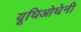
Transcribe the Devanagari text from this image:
यूघिओघेनी